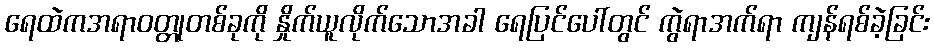
ရေထဲကအရာဝတ္တုတစ်ခုကို နှိုက်ယူလိုက်သောအခါ ရေပြင်ပေါ်တွင် ကွဲရာအက်ရာ ကျန်ရစ်ခဲ့ခြင်း